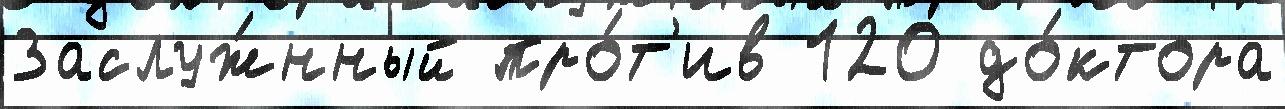
Заслуж́нный про́т'ив 120 до́ктора